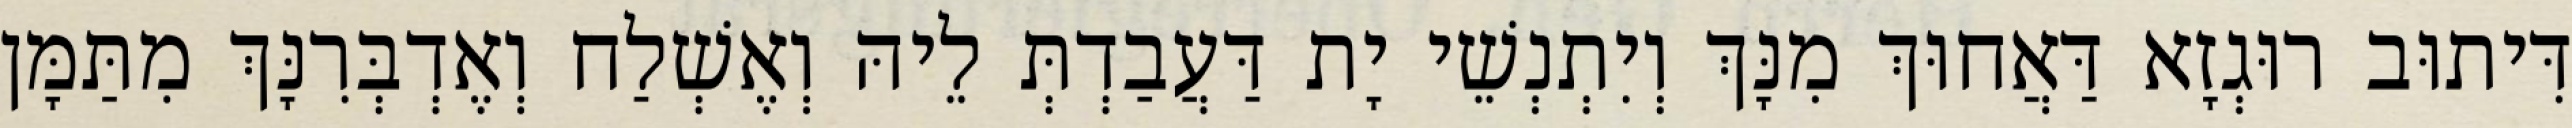
דִּיתוּב רוּגְזָא דַּאֲחוּךְ מִנָּךְ וְיִתְנְשֵׁי יָת דַּעֲבַדְתְּ לֵיהּ וְאֶשְׁלַח וְאֶדְבְּרִנָּךְ מִתַּמָּן